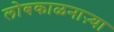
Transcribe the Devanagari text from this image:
लोबकाळनाऱ्या